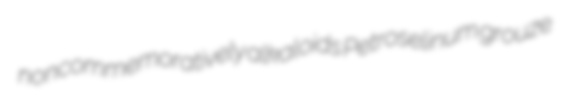
noncommemoratively alkaloids Petroselinum grouze